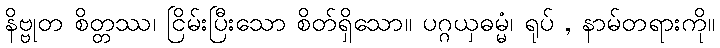
နိဗ္ဗုတ စိတ္တဿ၊ ငြိမ်းပြီးသော စိတ်ရှိသော။ ပဂ္ဂယှဓမ္မံ၊ ရုပ် , နာမ်တရားကို။